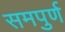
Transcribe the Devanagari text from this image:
समपुर्ण